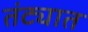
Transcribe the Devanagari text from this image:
तंट्यात